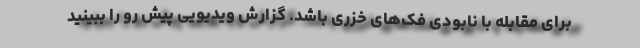
برای مقابله با نابودی فک‌های خزری باشد. گزارش ویدیویی پیش رو را ببینید